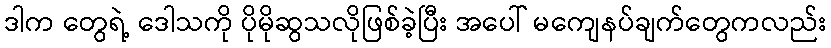
ဒါက တွေရဲ့ ဒေါသကို ပိုမိုဆွသလိုဖြစ်ခဲ့ပြီး အပေါ် မကျေနပ်ချက်တွေကလည်း